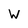
Character: W